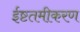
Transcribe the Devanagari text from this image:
ईष्टतमीकरण